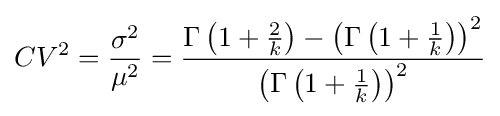
CV^{2}={\frac {\sigma ^{2}}{\mu ^{2}}}={\frac {\Gamma \left(1+{\frac {2}{k}}\right)-\left(\Gamma \left(1+{\frac {1}{k}}\right)\right)^{2}}{\left(\Gamma \left(1+{\frac {1}{k}}\right)\right)^{2}}}